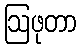
ဩဖုတာ